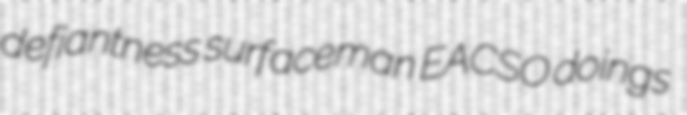
defiantness surfaceman EACSO doings